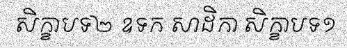
សិក្ខាបទ២ ឧទក សាដិកា សិក្ខាបទ១